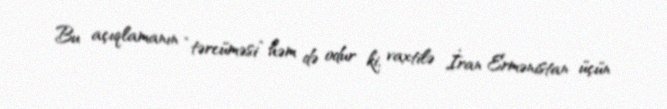
Bu açıqlamanın “tərcüməsi” həm də odur ki, vaxtilə İran Ermənistan üçün